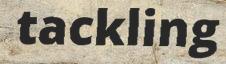
tackling